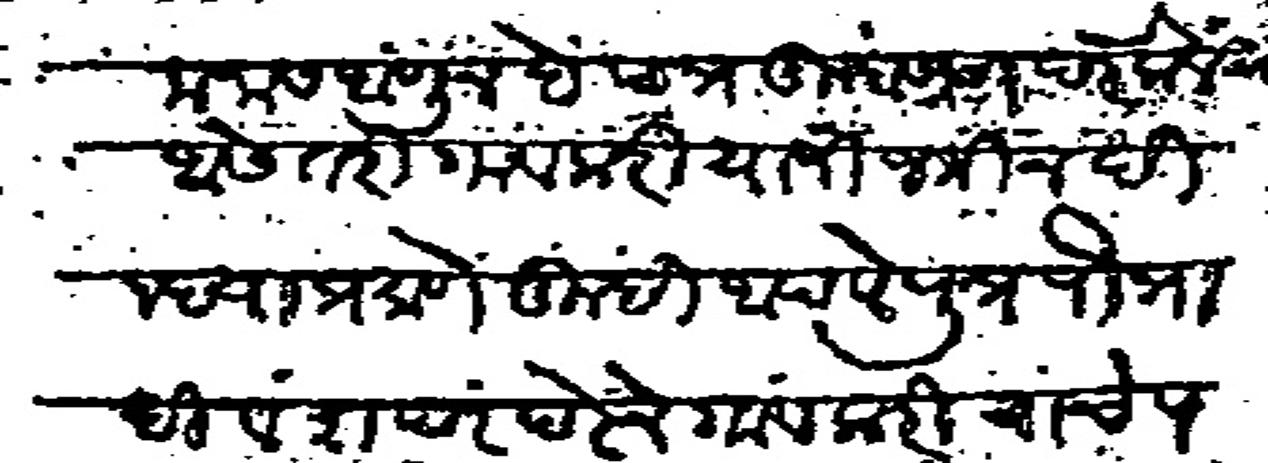
Transliteration (Devanagari): मनास आणून हे पत्र तुम्हास सादर केले असे तरी गावकरी यांनी जमीन दिल्हया प्रमाणे तुम्ही आपले पुत्र पौत्रादी वंशपरंपरेने गावकरी यांचे पत्रा